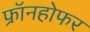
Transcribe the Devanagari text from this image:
फ्रॉनहोफर